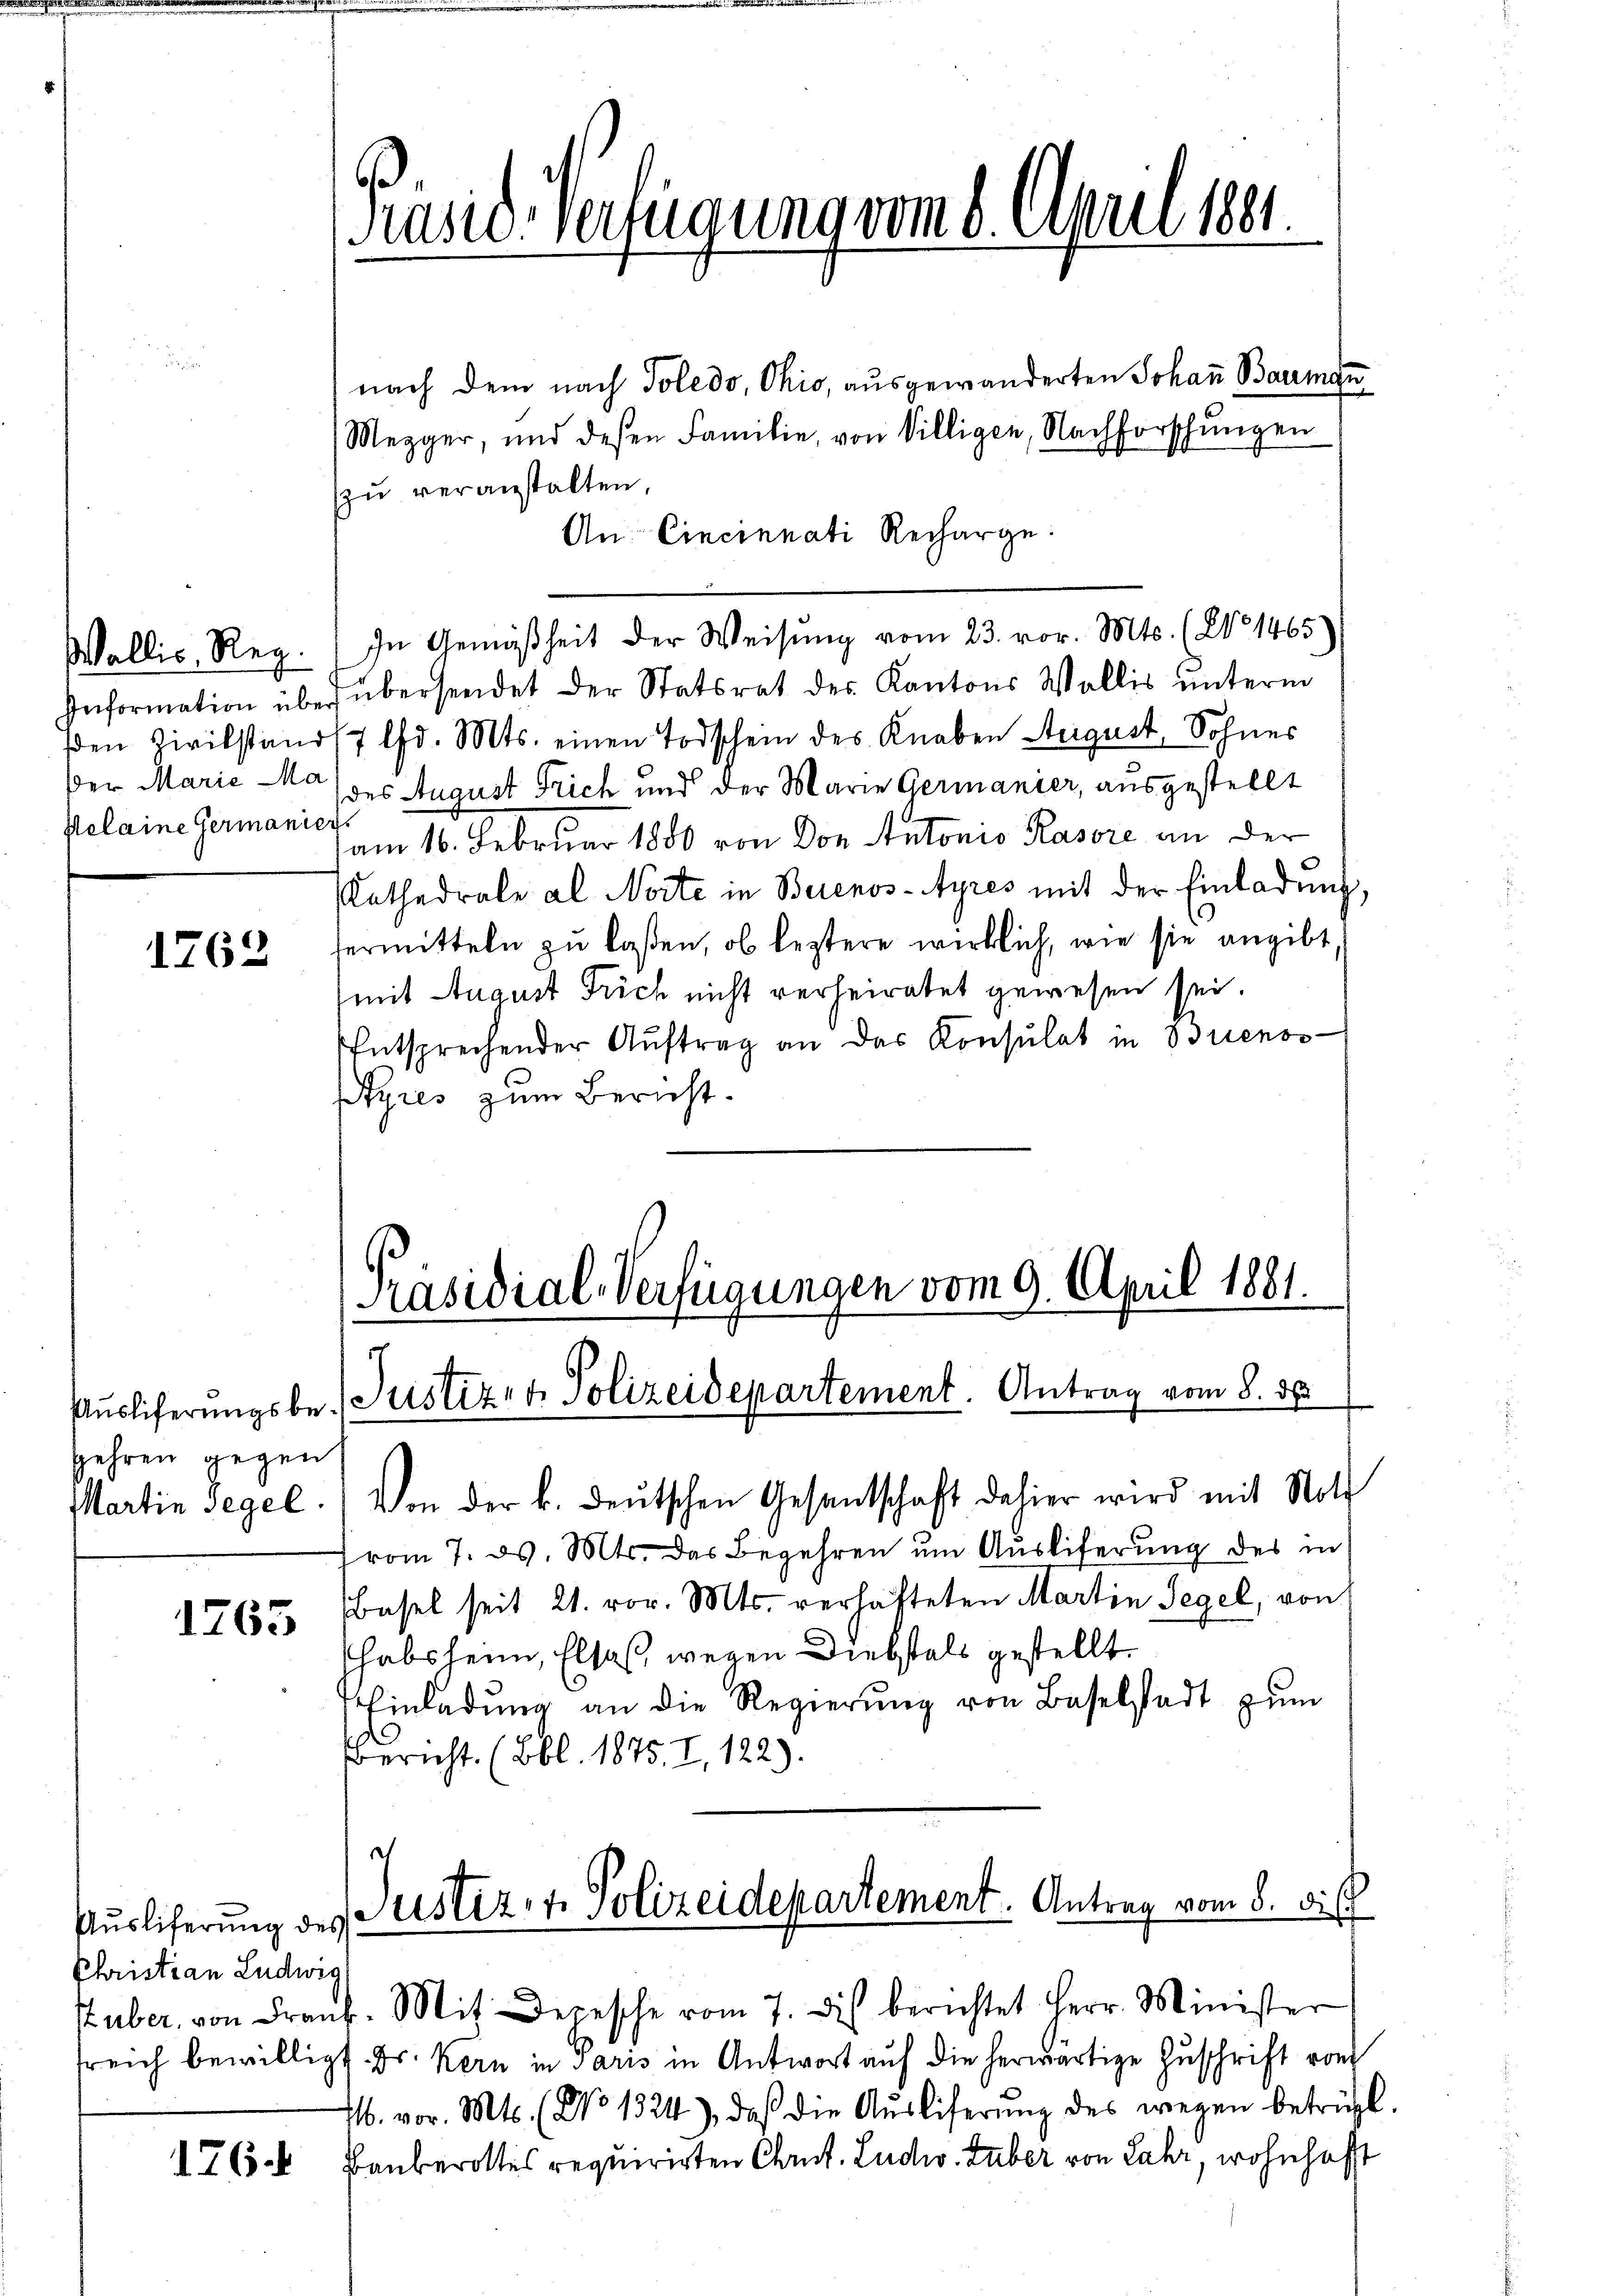
Wallis, Reg.
Helaine Germanier

1762

gehren gegen
Martin segel

1765

Auslieferung des
Christian Ludwig

176

nach dem nach Toledo, Ohio, ausgewanderten Johann Bauman
(Megger, und dessen Familie, von Villigen, Nachforschungen
zu veranstalten,
An Cincinnati Recharge
In Gemäßheit der Weisung vom 23. vor. Mts. (No 1465)
Information über übersendet der Statsrat des Kantons Wallis ŭnterm
en Zivilstands 7 lfd. Mts. einen Todschein des Knaben August, Sohnes
der Marić - des August Trich und der Marie Germanier, ausgestellt
am 16. Februar 1880 von Don Antonio Kasore an der
Kathedrale al Norte in Buenos-Ayres mit der Einladung,
fermitteln zu laßen, ob leztere wirklich, wie sie angibt
(mit August Trich nicht verheiratet gewesen sei.
Entsprechender Aŭftrag an das Konsulat in Brienos-
Ayres zum Bericht.

Präsid-Verfügung vom 8. April 1881.

[Präsidial-Verfügungen vom 9. April 1881.
Aŭsliferŭngsbe- Justiz- & Polizeidepartement. Antrag vom 8. ds

Von der k. deutschen Gesantschaft dahier wird mit Noth
vom 7. ds. Mts. das Begehren um Ausliferung des in
Basel seit 21. vor. Mts. verhafteten Martin Segel, von
habsheim, Elsaß, wegen Diebstals gestellt.
Einladŭng an die Regierŭng von Baselstadt zŭm
Bericht. (Bbl. 1875, I, 122).
e
Justiz- & Polizeidepartement. Antrag vom 8. di

uber, von Frank. Mit Depesche vom 7. dis berichtet Herr Minister
sreich bewilligt. Dr. Kern in Paris in Antwort auf die herwärtige Zuschrift von
M. vor. Mts. (No 1324), daß die Aŭsliferŭng des wegen betrügl.
Bauberottes requirirten Chrut. Ludw. Tuber von Jahr, wohnhaft